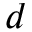
d